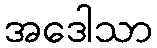
အဒေါသာ